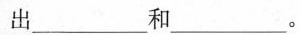
出___和___。